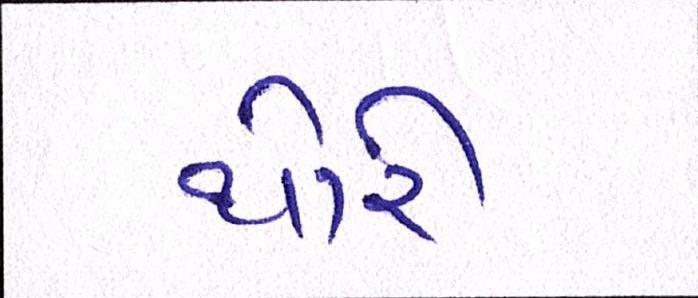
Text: થોરી